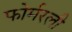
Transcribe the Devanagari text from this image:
फोर्मरली